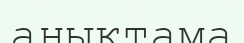
анықтама